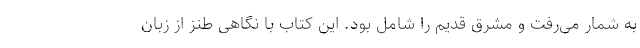
به شمار مى‌رفت و مشرق قدیم را شامل بود. این کتاب با نگاهی طنز از زبان